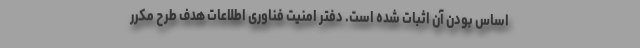
اساس بودن آن اثبات شده است. دفتر امنیت فناوری اطلاعات هدف طرح مکرر